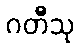
ဂတီသု